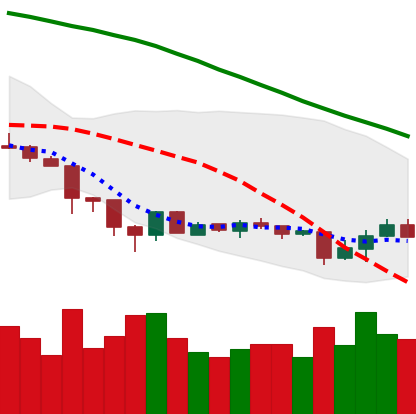
Ticker: XMR-USD
Chart end date: 2018-06-26
Forward return: 7.413%
Label: up_7plus